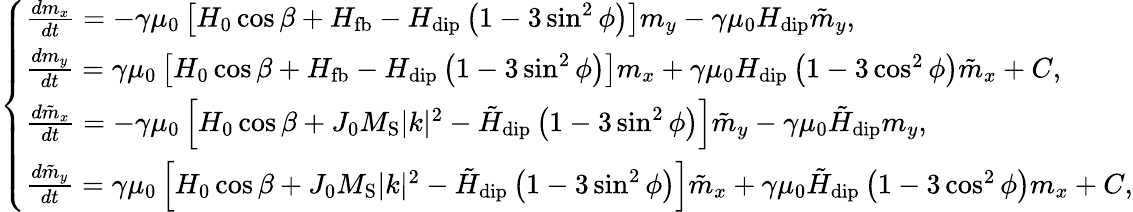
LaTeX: \left\{ \begin{array}{ll}{\frac{dm_{x}}{dt}=-\gamma\mu_{\mathrm{0}}\left[H_{\mathrm{0}}\cos\beta+H_{\mathrm{fb}}-H_{\mathrm{dip}}\left(1-3\sin^{2}\phi\right)\right]m_{y}-\gamma\mu_{\mathrm{0}}H_{\mathrm{dip}}\tilde{m}_{y},}\\ {\frac{dm_{y}}{dt}=\gamma\mu_{\mathrm{0}}\left[H_{\mathrm{0}}\cos\beta+H_{\mathrm{fb}}-H_{\mathrm{dip}}\left(1-3\sin^{2}\phi\right)\right]m_{x}+\gamma\mu_{\mathrm{0}}H_{\mathrm{dip}}\left(1-3\cos^{2}\phi\right)\tilde{m}_{x}+C,}\\ {\frac{d\tilde{m}_{x}}{dt}=-\gamma\mu_{\mathrm{0}}\left[H_{\mathrm{0}}\cos\beta+J_{\mathrm{0}}M_{\mathrm{S}}|k|^{2}-\tilde{H}_{\mathrm{dip}}\left(1-3\sin^{2}\phi\right)\right]\tilde{m}_{y}-\gamma\mu_{\mathrm{0}}\tilde{H}_{\mathrm{dip}}m_{y},}\\ {\frac{d\tilde{m}_{y}}{dt}=\gamma\mu_{\mathrm{0}}\left[H_{\mathrm{0}}\cos\beta+J_{\mathrm{0}}M_{\mathrm{S}}|k|^{2}-\tilde{H}_{\mathrm{dip}}\left(1-3\sin^{2}\phi\right)\right]\tilde{m}_{x}+\gamma\mu_{\mathrm{0}}\tilde{H}_{\mathrm{dip}}\left(1-3\cos^{2}\phi\right)m_{x}+C,}\end{array}\right.